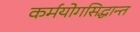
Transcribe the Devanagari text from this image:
कर्मयोगसिद्धान्त